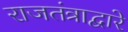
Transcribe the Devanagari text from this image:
राजतंत्राद्वारे